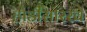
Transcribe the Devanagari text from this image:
होडीसारखे